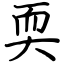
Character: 耎